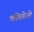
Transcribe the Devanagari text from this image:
कवितीओं